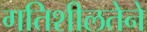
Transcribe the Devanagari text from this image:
गतिशीलतेने